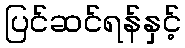
ပြင်ဆင်ရန်နှင့်